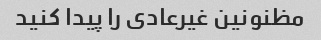
مظنونین غیرعادی را پیدا کنید